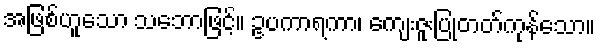
အဖြစ်ဟူသော သဘောဖြင့်။ ဥပကာရကာ၊ ကျေးဇူးပြုတတ်ကုန်သော။